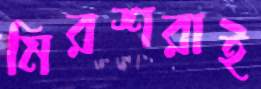
মিরশরাই